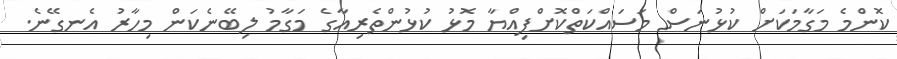
ކޮންމެ މަގާމަކަށް ކުޅުނަސް މަސައްކަތްކޮށްފިއްޔާ މޮޅު ކުޅުންތެރިއާގެ މަގާމު ލިބޭނެކަން މިހާރު އެނގޭނެ.